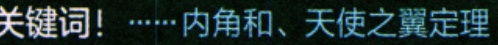
关键词！……内角和、天使之翼定理